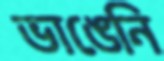
ভাঙেনি